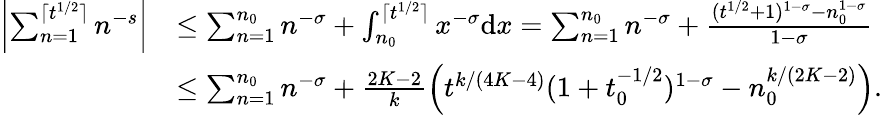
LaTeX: \begin{array}{rl}{\left|\sum_{n=1}^{\lceil t^{1/2}\rceil}n^{-s}\right|}&{\le\sum_{n=1}^{n_{0}}n^{-\sigma}+\int_{n_{0}}^{\lceil t^{1/2}\rceil}x^{-\sigma}\mathrm{d}x=\sum_{n=1}^{n_{0}}n^{-\sigma}+\frac{(t^{1/2}+1)^{1-\sigma}-n_{0}^{1-\sigma}}{1-\sigma}}\\ &{\le\sum_{n=1}^{n_{0}}n^{-\sigma}+\frac{2K-2}{k}\left(t^{k/(4K-4)}(1+t_{0}^{-1/2})^{1-\sigma}-n_{0}^{k/(2K-2)}\right).}\end{array}